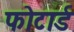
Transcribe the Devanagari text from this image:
फोटार्ड